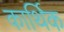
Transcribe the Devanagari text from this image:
कार्थिक